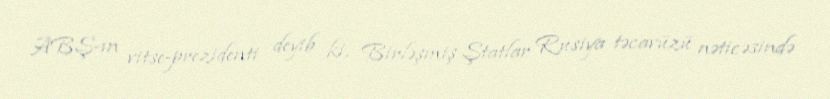
ABŞ-ın vitse-prezidenti deyib ki, Birləşmiş Ştatlar Rusiya təcavüzü nəticəsində